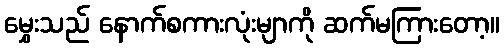
မွှေးသည် နောက်စကားလုံးမျာကို ဆက်မကြားတော့။